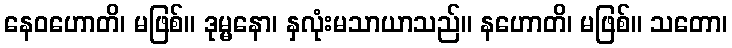
နေဝဟောတိ၊ မဖြစ်။ ဒုမ္မနော၊ နှလုံးမသာယာသည်။ နဟောတိ၊ မဖြစ်။ သတော၊